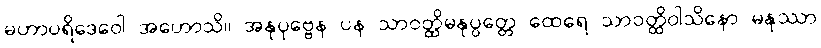
မဟာပရိဒေဝေါ အဟောသိ။ အနုပုဗ္ဗေန ပန သာဝတ္ထိမနုပ္ပတ္တေ ထေရေ သာဝတ္ထိဝါသိနော မနုဿာ